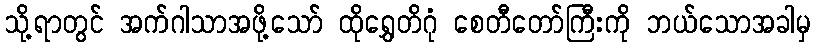
သို့ရာတွင် အက်ဂါသာအဖို့သော် ထိုရွှေတိဂုံ စေတီတော်ကြီးကို ဘယ်သောအခါမှ